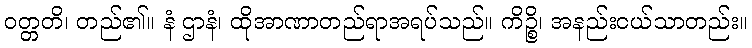
ဝတ္တတိ၊ တည်၏။ နံ ဌာနံ၊ ထိုအာဏာတည်ရာအရပ်သည်။ ကိဉ္စိ၊ အနည်းငယ်သာတည်း။